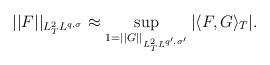
LaTeX: \begin{align*} || F ||_{L^2_T L^{q,\sigma}} \approx \sup_{1=||G||_{L^2_T L^{q^{\prime},\sigma^{\prime}}} } | \langle F , G \rangle_T| . \end{align*}